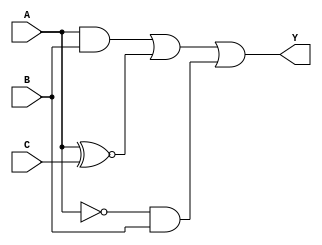
module three_variable_kmap (
    input wire A,   // Input A
    input wire B,   // Input B
    input wire C,   // Input C
    output wire Y   // Output Y
);

// The simplified Boolean expression derived from the K-map
// K-map values: 
// A'B'C' | A'B'C | A'BC | A'BC' 
//         |  0   |  1   |  1   |  0
// A'B'C' | AB'C  | AB'  | AB
//         |  1   |  1   |  1   |  0
// From the K-map, the simplified expression can be derived as:
// Y = AB + A'C + A'B

assign Y = (A & B) | (A ~^ C) | (~A & B);

endmodule